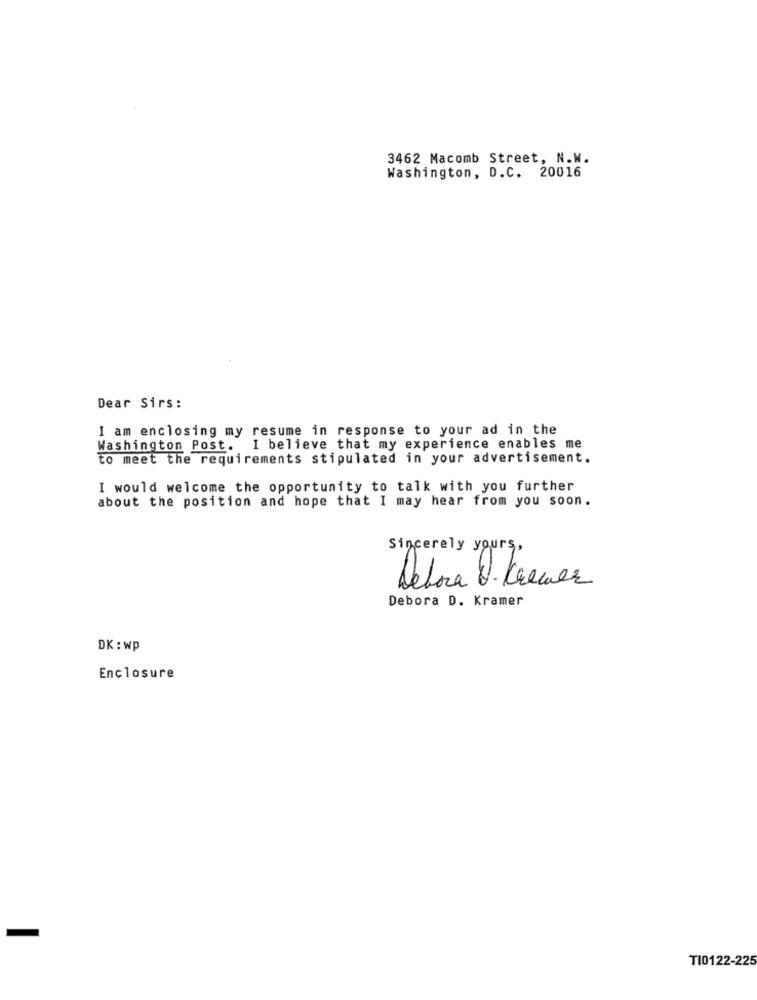
3462 Macomb Street, N.W.
Washington, D.C. 20016
Dear Sirs:
I am enclosing my resume in response to your ad in the
Washington Post. I believe that my experience enables me
to meet the requirements stipulated in your advertisement.
I would welcome the opportunity to talk with you further
about the position and hope that I may hear from you soon.
Sincerely yours,
Debora 8. Kremer
Debora D. Kramer
DK : wp
Enclosure
TI0122-225